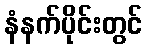
နံနက်ပိုင်းတွင်